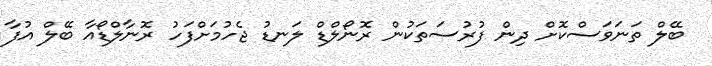
ބޭލް ތަނަވަސްކޮށް ދިން ފުރުސަތަކުން ރޮނޯލްޑް ލަނޑު ޖެހުމަށްފަހު ރޮނާލްޑޯއާ ބޭލް އުފާ